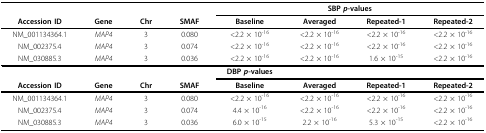
<table><thead><tr><td></td><td></td><td></td><td></td><td colspan="4"><b>SBP <i>p</i>-values</b></td></tr><tr><td><b>Accession ID</b></td><td><b>Gene</b></td><td><b>Chr</b></td><td><b>SMAF</b></td><td><b>Baseline</b></td><td><b>Averaged</b></td><td><b>Repeated-1</b></td><td><b>Repeated-2</b></td></tr></thead><tbody><tr><td>NM_001134364.1</td><td><i>MAP4</i></td><td>3</td><td>0.080</td><td>&lt;2.2 × 10<sup>-16</sup></td><td>&lt;2.2 × 10<sup>-16</sup></td><td>&lt;2.2 × 10<sup>-16</sup></td><td>&lt;2.2 × 10<sup>-16</sup></td></tr><tr><td>NM_002375.4</td><td><i>MAP4</i></td><td>3</td><td>0.074</td><td>&lt;2.2 × 10<sup>-16</sup></td><td>&lt;2.2 × 10<sup>-16</sup></td><td>&lt;2.2 × 10<sup>-16</sup></td><td>&lt;2.2 × 10<sup>-16</sup></td></tr><tr><td>NM_030885.3</td><td><i>MAP4</i></td><td>3</td><td>0.036</td><td>&lt;2.2 × 10<sup>-16</sup></td><td>&lt;2.2 × 10<sup>-16</sup></td><td>1.6 × 10<sup>-15</sup></td><td>&lt;2.2 × 10<sup>-16</sup></td></tr><tr><td></td><td></td><td></td><td></td><td><b>DBP <i>p</i>-values</b></td><td></td><td></td><td></td></tr><tr><td><b>Accession ID</b></td><td><b>Gene</b></td><td><b>Chr</b></td><td><b>SMAF</b></td><td><b>Baseline</b></td><td><b>Averaged</b></td><td><b>Repeated-1</b></td><td><b>Repeated-2</b></td></tr><tr><td>NM_001134364.1</td><td><i>MAP4</i></td><td>3</td><td>0.080</td><td>&lt;2.2 × 10<sup>-16</sup></td><td>&lt;2.2 × 10<sup>-16</sup></td><td>&lt;2.2 × 10<sup>-16</sup></td><td>&lt;2.2 × 10<sup>-16</sup></td></tr><tr><td>NM_002375.4</td><td><i>MAP4</i></td><td>3</td><td>0.074</td><td>4.4 × 10<sup>-16</sup></td><td>&lt;2.2 × 10<sup>-16</sup></td><td>&lt;2.2 × 10<sup>-16</sup></td><td>&lt;2.2 × 10<sup>-16</sup></td></tr><tr><td>NM_030885.3</td><td><i>MAP4</i></td><td>3</td><td>0.036</td><td>6.0 × 10<sup>-15</sup></td><td>2.2 × 10<sup>-16</sup></td><td>5.3 × 10<sup>-15</sup></td><td>&lt;2.2 × 10<sup>-16</sup></td></tr></tbody></table>